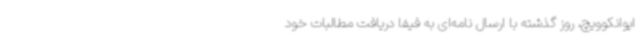
ایوانکوویچ، روز گذشته با ارسال نامه‌ای به فیفا دریافت مطالبات خود